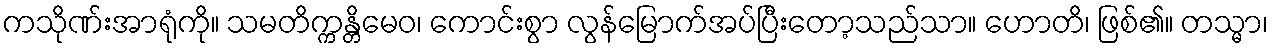
ကသိုဏ်းအာရုံကို။ သမတိက္ကန္တိမေဝ၊ ကောင်းစွာ လွန်မြောက်အပ်ပြီးတော့သည်သာ။ ဟောတိ၊ ဖြစ်၏။ တသ္မာ၊